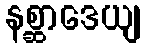
နစ္ဆာဒေယျ